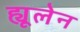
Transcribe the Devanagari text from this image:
ह्यूलेन